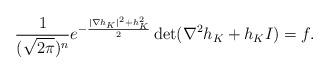
LaTeX: \begin{align*}\frac{1}{(\sqrt{2\pi})^n}e^{-\frac{|\nabla h_K|^2+h_K^2}{2}}\det (\nabla^2 h_K +h_KI) = f.\end{align*}